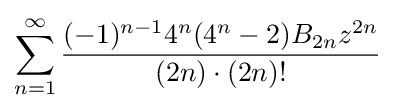
\sum _{n=1}^{\infty }{\frac {(-1)^{n-1}4^{n}(4^{n}-2)B_{2n}z^{2n}}{(2n)\cdot (2n)!}}